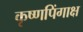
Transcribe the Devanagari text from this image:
कृष्णपिंगाक्ष